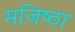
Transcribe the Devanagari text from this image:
मजिष्‍ठा